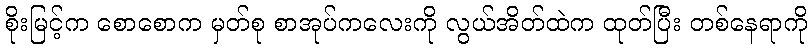
စိုးမြင့်က စောစောက မှတ်စု စာအုပ်ကလေးကို လွယ်အိတ်ထဲက ထုတ်ပြီး တစ်နေရာကို